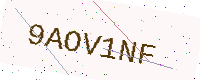
Text: 9AOV1NF